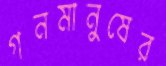
গনমানুষের